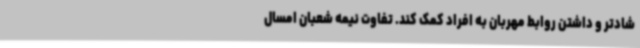
شادتر و داشتن روابط مهربان به افراد کمک کند. تفاوت نیمه شعبان امسال